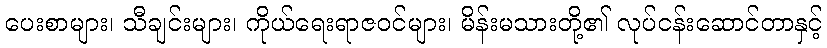
ပေးစာများ၊ သီချင်းများ၊ ကိုယ်ရေးရာဇဝင်များ၊ မိန်းမသားတို့၏ လုပ်ငန်းဆောင်တာနှင့်